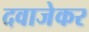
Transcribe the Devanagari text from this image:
दवाजेकर